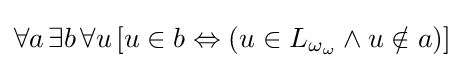
\forall a\,\exists b\,\forall u\,[u\in b\Leftrightarrow (u\in L_{\omega _{\omega }}\land u\notin a)]